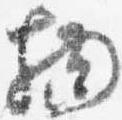
物